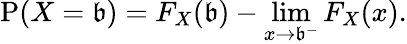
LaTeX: \operatorname{P}(X=\mathfrak{b})=F_{X}(\mathfrak{b})-\operatorname*{lim}_{x\to\mathfrak{b}^{-}}F_{X}(x).